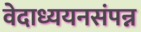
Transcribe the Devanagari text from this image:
वेदाध्ययनसंपन्न